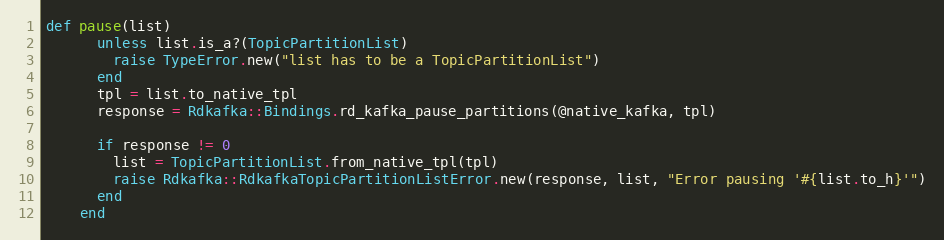
Language: Ruby
def pause(list)
      unless list.is_a?(TopicPartitionList)
        raise TypeError.new("list has to be a TopicPartitionList")
      end
      tpl = list.to_native_tpl
      response = Rdkafka::Bindings.rd_kafka_pause_partitions(@native_kafka, tpl)

      if response != 0
        list = TopicPartitionList.from_native_tpl(tpl)
        raise Rdkafka::RdkafkaTopicPartitionListError.new(response, list, "Error pausing '#{list.to_h}'")
      end
    end